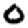
Digit: 0